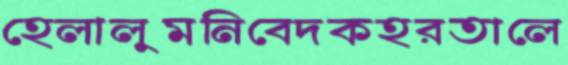
হেলালুমনিবেদকহরতালে